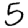
Digit: 5